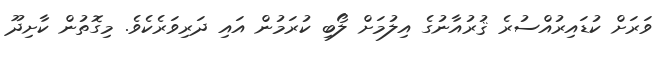
ވަރަށް ކުޑައިރުއްސުރެ ޤުރުއާނުގެ އިލުމަށް ލޯބި ކުރަމުން އައި ދަރިވަރެކެވެ. މިގޮތުން ކާށިދޫ